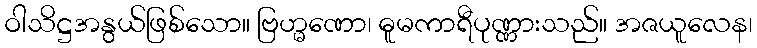
ဝါသိဋ္ဌအနွယ်ဖြစ်သော။ ဗြဟ္မဏော၊ ဓူမကာရီပုဏ္ဏားသည်။ အဇယူလေန၊